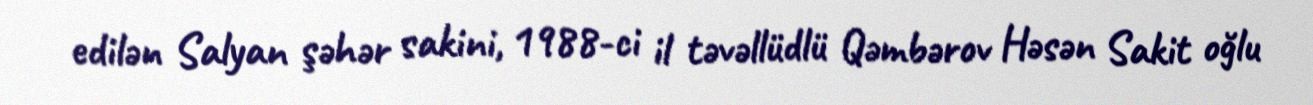
edilən Salyan şəhər sakini, 1988-ci il təvəllüdlü Qəmbərov Həsən Sakit oğlu